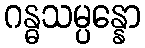
ဂန္ဓသမ္ပန္နော